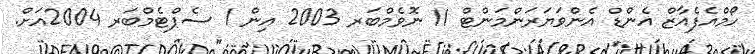
ހޯމްއެފެއާޒް އެންޑް އެންވަޔަރަންމަންޓް 11 ނޮވެމްބަރ 2003 އިން 1 ސެޕްޓެމްބަރ 2004އަށް.